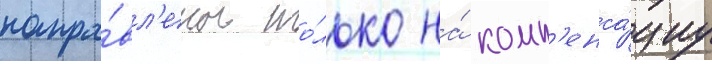
напра́вл'ены то́лько на́ комп'енса́циу